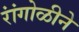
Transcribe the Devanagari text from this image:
रांंगोळीने